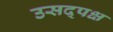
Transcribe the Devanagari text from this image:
उसद्पक्ष